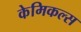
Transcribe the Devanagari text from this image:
केमिकल्‍स